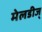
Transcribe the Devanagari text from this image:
मेलडीज्